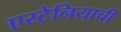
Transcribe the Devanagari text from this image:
एस्टेनियाची